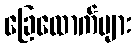
ခြေထောက်များ